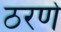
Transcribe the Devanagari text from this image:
ठरणे